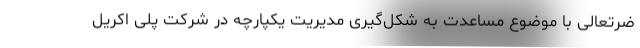
ضرتعالی با موضوع مساعدت به شکل‌گیری مدیریت یکپارچه در شرکت پلی اکریل